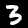
Label: 3